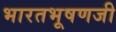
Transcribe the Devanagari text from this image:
भारतभूषणजी